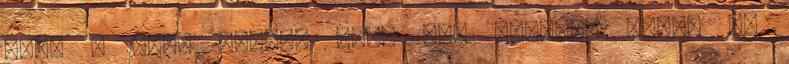
hogy a háta mögött levő két játékos közül az